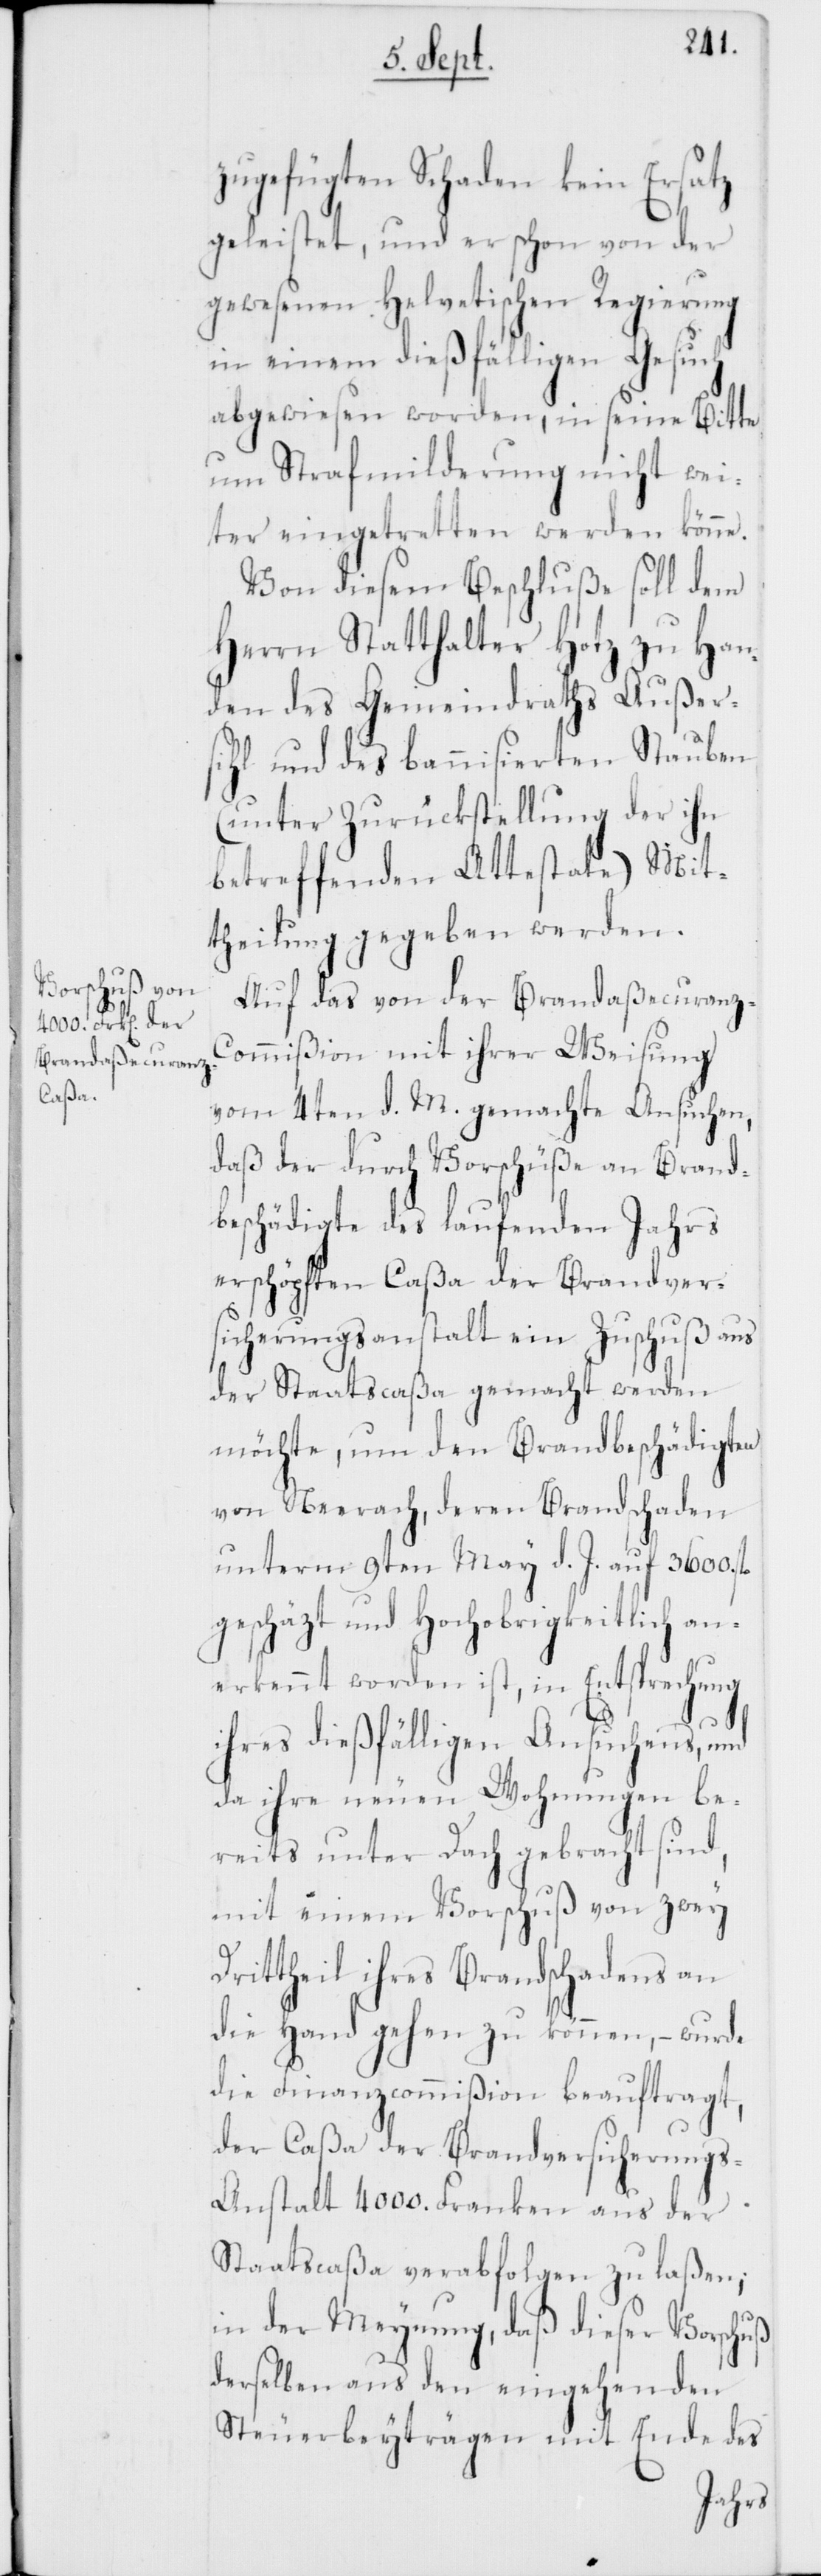
zugefügten Schaden kein Ersatz
geleistet, und er schon von der
gewesenen Helvetischen Regierung
in einem dießfälligen Gesuch
abgewiesen worden, in seine Bitte
um Strafmilderung nicht wei¬
ter eingetretten werden könne.
Von diesem Beschluße soll dem
Herrn Statthalter Hotz zu Han¬
den des Gemeindraths Außer¬
sihl und des bannisierten Stauben
(unter Zurückstellung der ihn
betreffenden Attestate) Mit¬
theilung gegeben werden.
Auf das von der Brandaßecuranz-C¬
ommißion mit ihrer Weisung
vom 4ten d. M. gemachte Ansuchen,
daß der durch Vorschüße an Brand¬
beschädigte des laufenden Jahrs
erschöpften Caßa der Brandver¬
sicherungsanstalt ein Zuschuß aus
der Staatscaßa gemacht werden
möchte, um den Brandbeschädigten
von Neerach, deren Brandschaden
unterm 9tem May d. J. auf 3600. fl.
geschätzt und Hochobrigkeitlich an¬
erkennt worden ist, in Entsprechung
ihres dießfälligen Ansuchens, und
da ihre neuen Wohnungen be¬
reits unter Dach gebracht sind,
mit einem Vorschuß von zwey
Drittheil ihres Brandschadens an
die Hand gehen zu können, – wurde
die Finanzcommißion beauftragt,
der Caßa der Brandversicherung¬
s-Anstalt 4000. Franken aus der
Staatscaßa verabfolgen zu laßen;
in der Meynung, daß dieser Vorschuß
derselben aus den eingehenden
Steuerbeyträgen mit Ende des